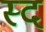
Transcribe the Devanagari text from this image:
स्द